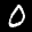
Label: 0